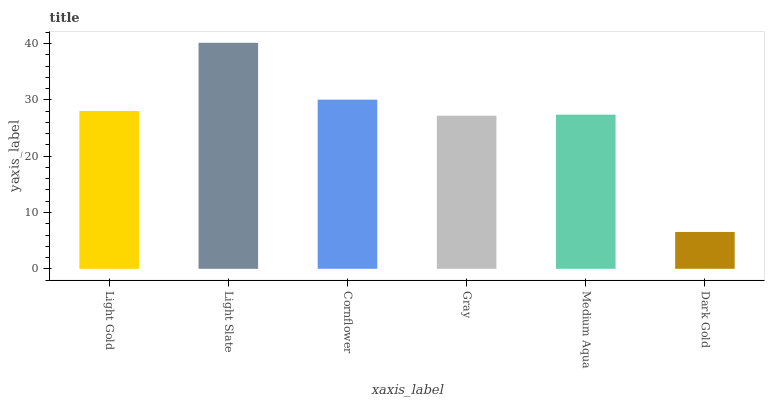
| xaxis_label | bars |
 | --- | --- |
 | Light Gold | 28 |
 | Light Slate | 40.1 |
 | Cornflower | 30 |
 | Gray | 27.2 |
 | Medium Aqua | 27.4 |
 | Dark Gold | 6.54 |